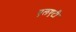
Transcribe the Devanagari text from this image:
एलएटी